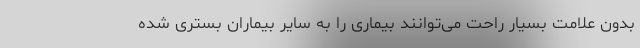
بدون علامت بسیار راحت می‌توانند بیماری را به سایر بیماران بستری شده